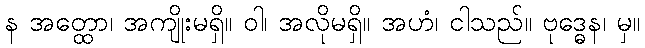
န အတ္ထော၊ အကျိုးမရှိ။ ဝါ၊ အလိုမရှိ။ အဟံ၊ ငါသည်။ ဗုဒ္ဓေန၊ မှ။